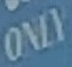
ONLY